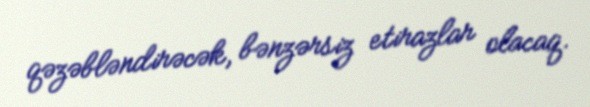
qəzəbləndirəcək, bənzərsiz etirazlar olacaq.